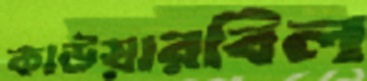
কাউয়ারবিল